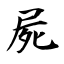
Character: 屍